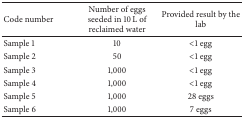
| Code number | Number of eggs seeded in 10 L of reclaimed water | Provided result by the lab |
 | --- | --- | --- |
 | Sample 1 | 10 | <1 egg |
 | Sample 2 | 50 | <1 egg |
 | Sample 3 | 1,000 | <1 egg |
 | Sample 4 | 1,000 | <1 egg |
 | Sample 5 | 1,000 | 28 eggs |
 | Sample 6 | 1,000 | 7 eggs |